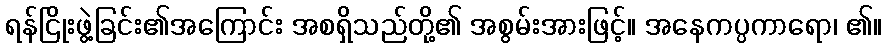
ရန်ငြိုးဖွဲ့ခြင်း၏အကြောင်း အစရှိသည်တို့၏ အစွမ်းအားဖြင့်။ အနေကပ္ပကာရော၊ ၏။